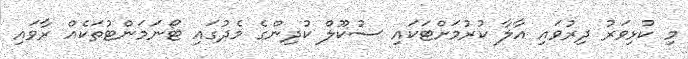
މި ކުޅިވަރު ދިރުވައި އާލާ ކުރުމަށްޓަކައި ސުކޫލް ކުދިންގެ މެދުގައި ޓޯނަމަންޓުތަކެއް ރާވައި